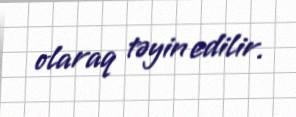
olaraq təyin edilir.